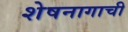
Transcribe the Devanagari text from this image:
शेषनागाची